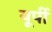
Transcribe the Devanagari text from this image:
यूर्पी